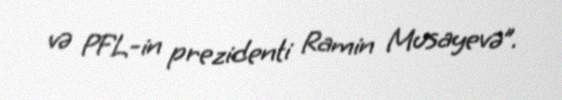
və PFL-in prezidenti Ramin Musayevə”.